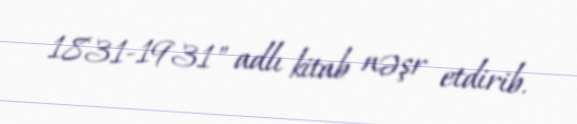
1831-1931" adlı kitab nəşr etdirib.